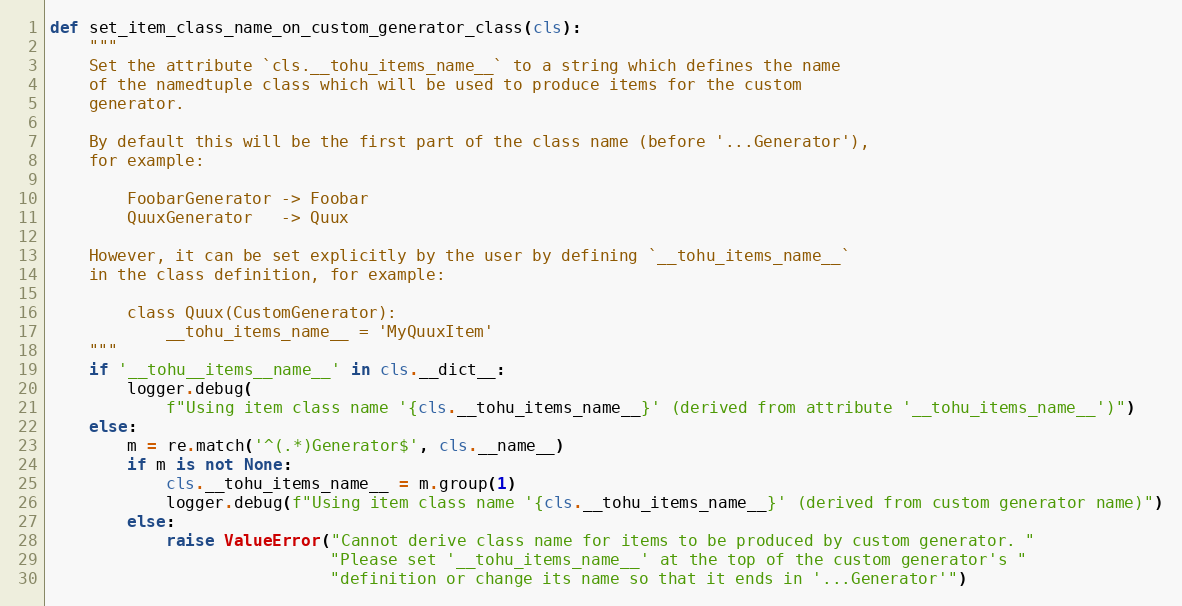
Language: Python
def set_item_class_name_on_custom_generator_class(cls):
    """
    Set the attribute `cls.__tohu_items_name__` to a string which defines the name
    of the namedtuple class which will be used to produce items for the custom
    generator.

    By default this will be the first part of the class name (before '...Generator'),
    for example:

        FoobarGenerator -> Foobar
        QuuxGenerator   -> Quux

    However, it can be set explicitly by the user by defining `__tohu_items_name__`
    in the class definition, for example:

        class Quux(CustomGenerator):
            __tohu_items_name__ = 'MyQuuxItem'
    """
    if '__tohu__items__name__' in cls.__dict__:
        logger.debug(
            f"Using item class name '{cls.__tohu_items_name__}' (derived from attribute '__tohu_items_name__')")
    else:
        m = re.match('^(.*)Generator$', cls.__name__)
        if m is not None:
            cls.__tohu_items_name__ = m.group(1)
            logger.debug(f"Using item class name '{cls.__tohu_items_name__}' (derived from custom generator name)")
        else:
            raise ValueError("Cannot derive class name for items to be produced by custom generator. "
                             "Please set '__tohu_items_name__' at the top of the custom generator's "
                             "definition or change its name so that it ends in '...Generator'")